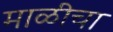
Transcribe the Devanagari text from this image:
माळीचा